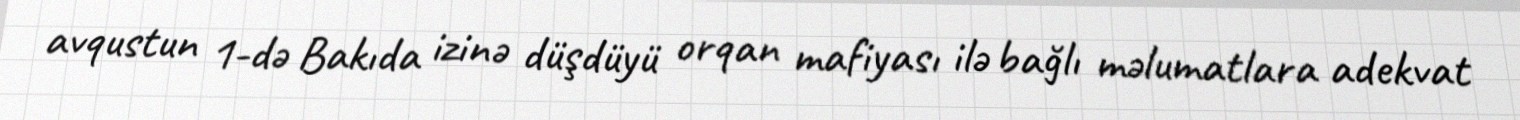
avqustun 1-də Bakıda izinə düşdüyü orqan mafiyası ilə bağlı məlumatlara adekvat